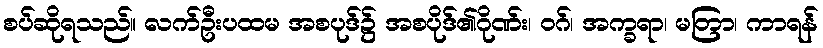
စပ်ဆိုရသည်။ လက်ဦးပထမ အစပုဒ်၌ အစပိုဒ်၏ဂိုဏ်း၊ ဝဂ်၊ အက္ခရာ၊ မတြာ၊ ကာရန်